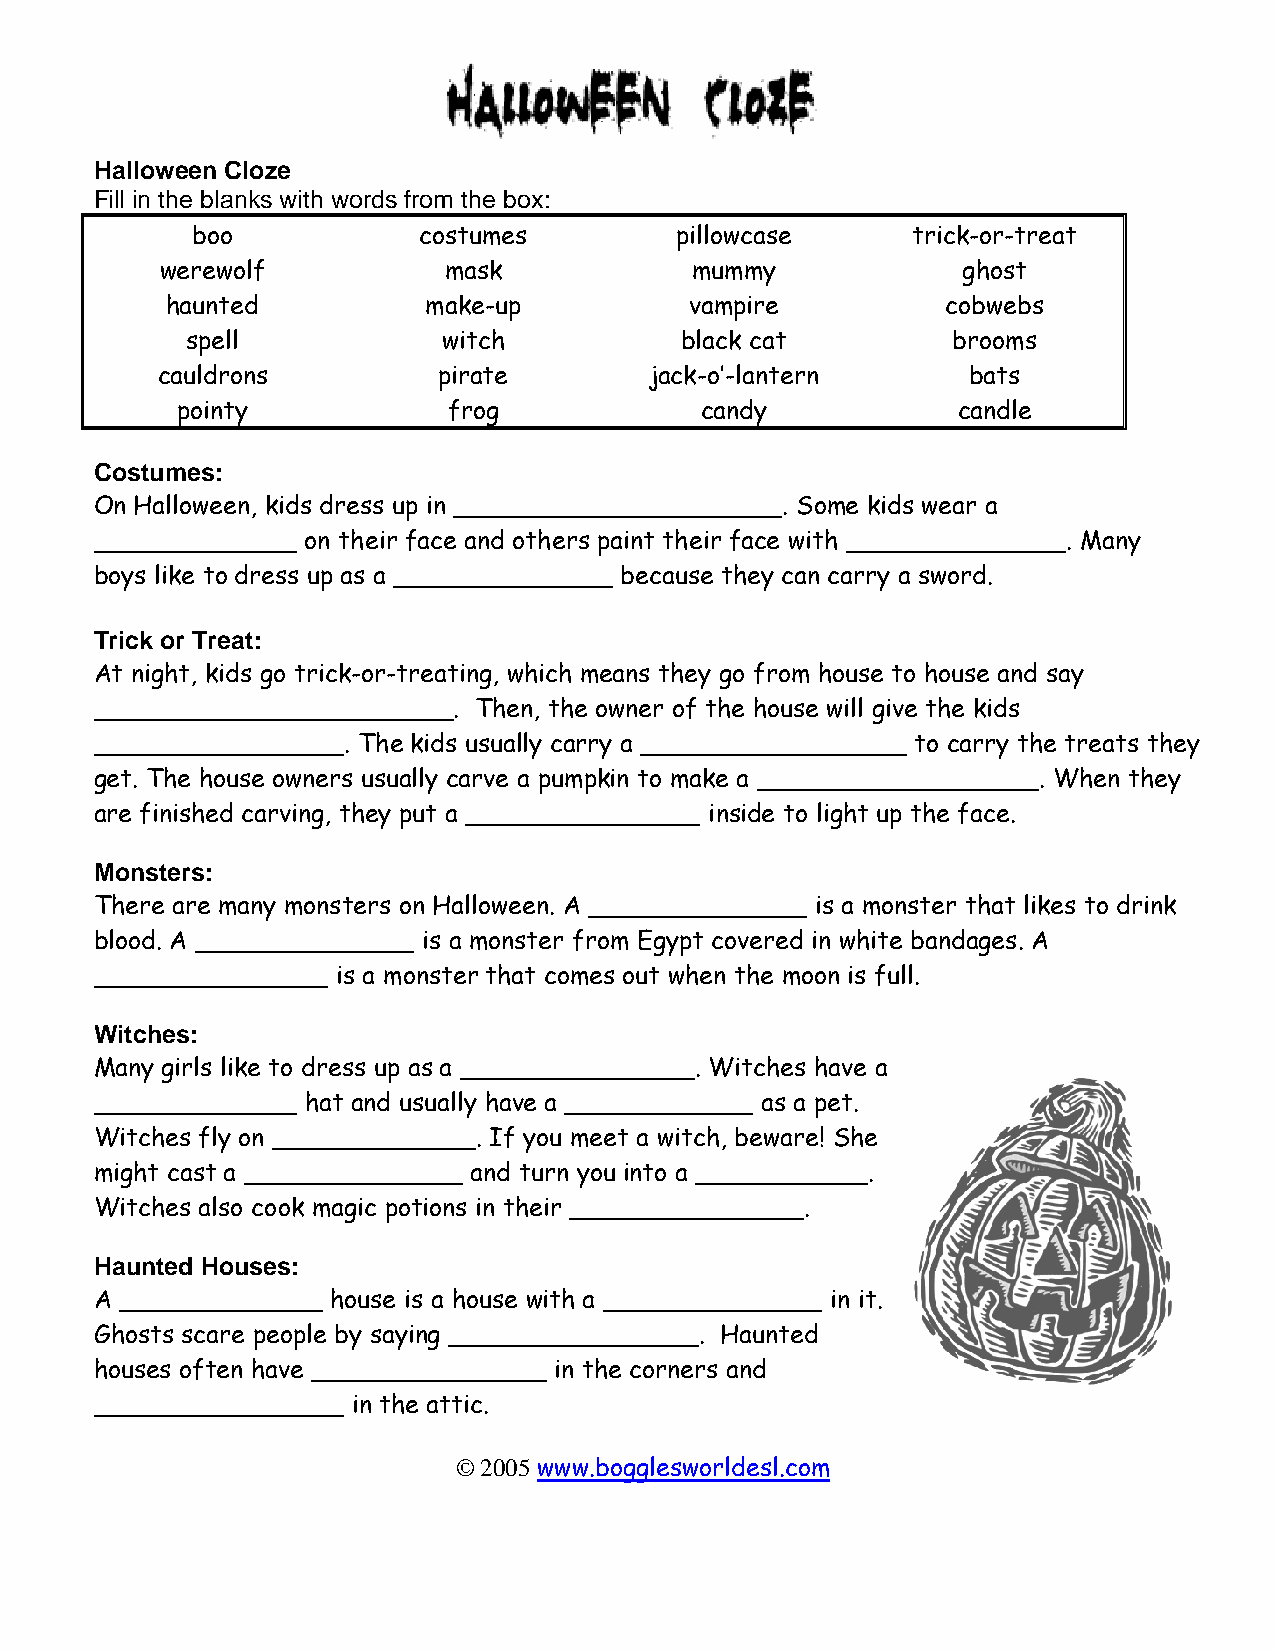
Halloween Cloze
 Fill in the blanks with words from the box:
 boo            costumes         pillowcase     trick-or-treat
 werewolf          mask             mummy             ghost
 haunted          make-up           vampire          cobwebs
 spell            witch           black cat         brooms
 cauldrons          pirate        jack-o’-lantern      bats
 pointy            frog            candy            candle
 Costumes:
 On Halloween, kids dress up in _____________________. Some kids wear a
 _____________ on their face and others paint their face with ______________. Many
 boys like to dress up as a ______________ because they can carry a sword.
 Trick or Treat:
 At night, kids go trick-or-treating, which means they go from house to house and say
 _______________________. Then, the owner of the house will give the kids
 ________________. The kids usually carry a _________________ to carry the treats they
 get. The house owners usually carve a pumpkin to make a __________________. When they
 are finished carving, they put a _______________ inside to light up the face.
 Monsters:
 There are many monsters on Halloween. A ______________ is a monster that likes to drink
 blood. A ______________ is a monster from Egypt covered in white bandages. A
 _______________ is a monster that comes out when the moon is full.
 Witches:
 Many girls like to dress up as a _______________. Witches have a
 _____________ hat and usually have a ____________ as a pet.
 Witches fly on _____________. If you meet a witch, beware! She
 might cast a ______________ and turn you into a ___________.
 Witches also cook magic potions in their _______________.
 Haunted Houses:
 A _____________ house is a house with a ______________ in it.
 Ghosts scare people by saying ________________. Haunted
 houses often have _______________ in the corners and
 ________________ in the attic.
 © 2005 www.bogglesworldesl.com